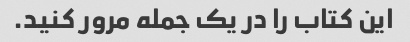
این کتاب را در یک جمله مرور کنید.